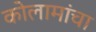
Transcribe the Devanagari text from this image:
कोलामांचा